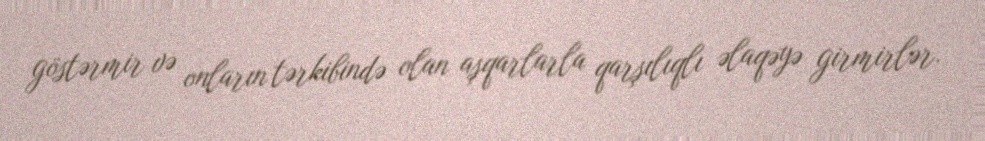
göstərmir və onların tərkibində olan aşqarlarla qarşılıqlı əlaqəyə girmirlər.